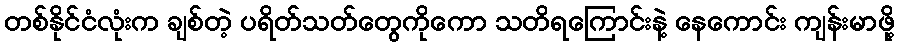
တစ်နိုင်ငံလုံးက ချစ်တဲ့ ပရိတ်သတ်တွေကိုကော သတိရကြောင်းနဲ့ နေကောင်း ကျန်းမာဖို့